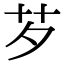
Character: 芕